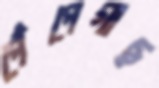
পেঁপেগাছ